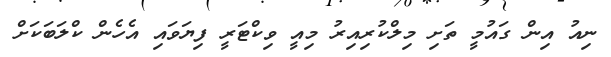
ނިއު އިން ގައުމީ ތަށި މިލްކުރިއިރު މިއީ ވިކްޓަރީ ފިޔަވައި އެހެން ކްލަބަކަށް